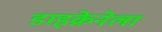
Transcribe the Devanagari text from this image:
डाइक्रेनेला